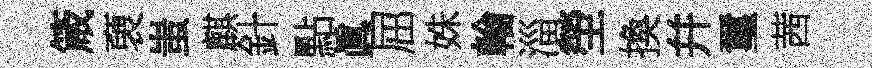
箴褏蚩麒針點眞屈姝輪淄塋換幷璽茜